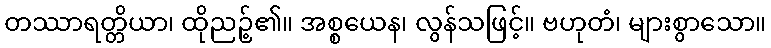
တဿာရတ္တိယာ၊ ထိုညဉ့်၏။ အစ္စယေန၊ လွန်သဖြင့်။ ဗဟုတံ၊ များစွာသော။